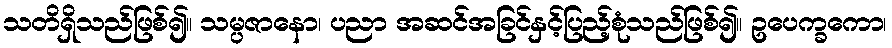
သတိရှိသည်ဖြစ်၍။ သမ္ပဇာနော၊ ပညာ အဆင်အခြင်နှင့်ပြည့်စုံသည်ဖြစ်၍။ ဥပေက္ခကော၊